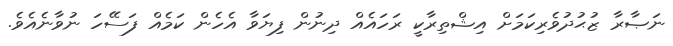
ނަޞާރާ ޒުޙުދުވެރިކަމަށް އިޝްތިރާކީ ރަހައެއް ދިނުން ފިޔަވާ އެހެން ކަމެއް ފަސޭހަ ނުވާނެއެވެ.